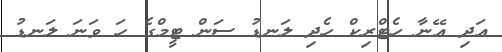
އަދި އޭނާ ހެޓްރިކް ހެދި ލަނޑު ސަން ޓީމްގެ ހަ ވަނަ ލަނޑު